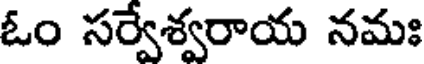
ఓం సర్వేశ్వరాయ నమః